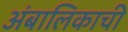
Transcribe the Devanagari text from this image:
अंबालिकाची